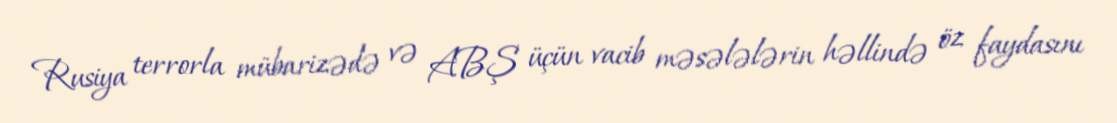
Rusiya terrorla mübarizədə və ABŞ üçün vacib məsələlərin həllində öz faydasını